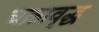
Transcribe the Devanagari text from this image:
चक्रावृद्ध